Civil Veterinary Dept. Bombay admin report 1907-1913 - 1907-1913
Year: 1907
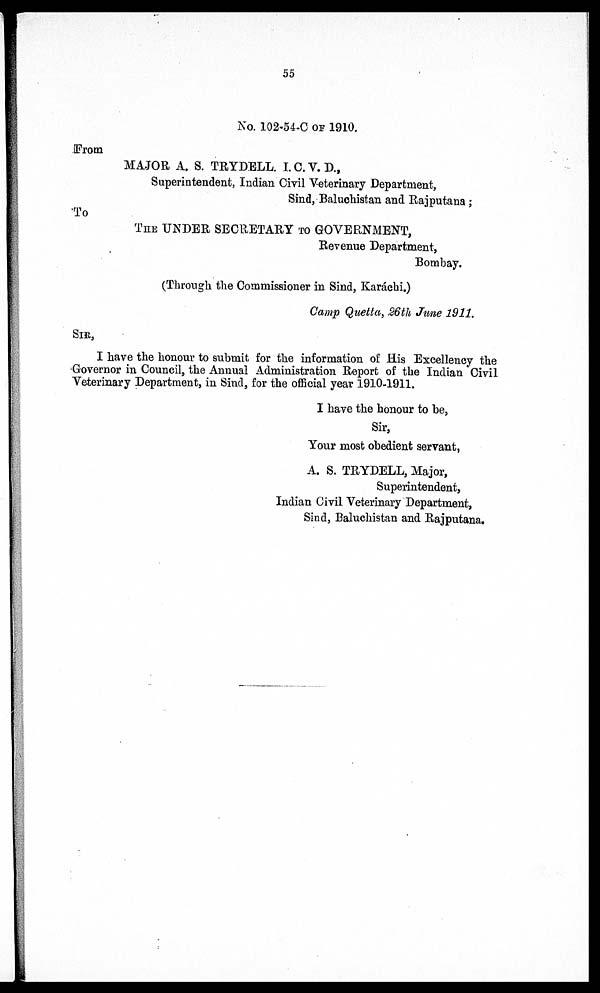
55
No. 102-54-C of 1910.
From
MAJOR A. S. TRYDELL. I.C.V.D.,
Superintendent, Indian Civil Veterinary Department,
Sind, Baluchistan and Rajputana;
To
THE UNDER SECRETARY TO GOVERNMENT,
Revenue Department,
Bombay.
(Through the Commissioner in Sind, Karáchi.)
Camp Quetta, 26th June 1911.
SIR,
I have the honour to submit for the information of His Excellency the
Governor in Council, the Annual Administration Report of the Indian Civil
Veterinary Department, in Sind, for the official year 1910-1911.
I have the honour to be,
Sir,
Your most obedient servant,
A. S. TRYDELL, Major,
Superintendent,
Indian Civil Veterinary Department,
Sind, Baluchistan and Rajputana.